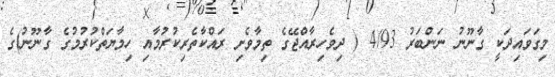
މިގަވައިދަކީ ގާނޫނު ނަންބަރު 4/93 ( ދިވެހިރާއްޖޭގެ ތިމާވެށި ރައްކާތެރިކުރުމާއި ހިމާޔަތްކުރުމުގެ ގާނޫނު)ގެ